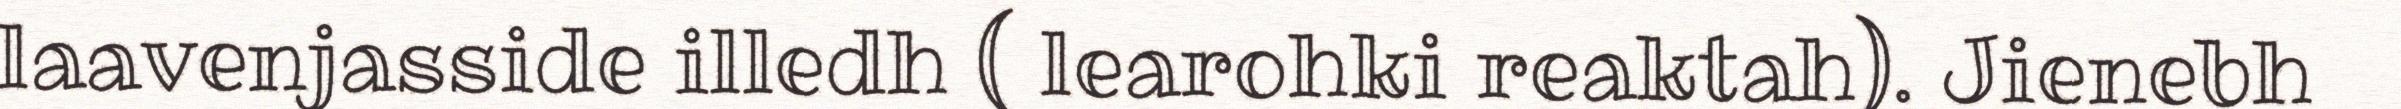
laavenjasside illedh ( learohki reaktah). Jienebh